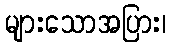
များသောအပြား၊